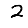
Digit: 2